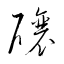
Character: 釀